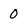
Character: 0